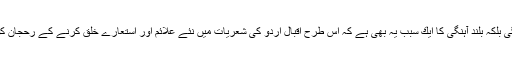
اقبال كے كلام كی خوش آہنگی بلكہ بلند آہنگی كا ایك سبب یہ بھی ہے كہ اس طرح اقبال اردو كی شعریات میں نئے علائم اور استعارے خلق كرنے كے رحجان كو فروغ دیتے نظر آتے ہیں ۔